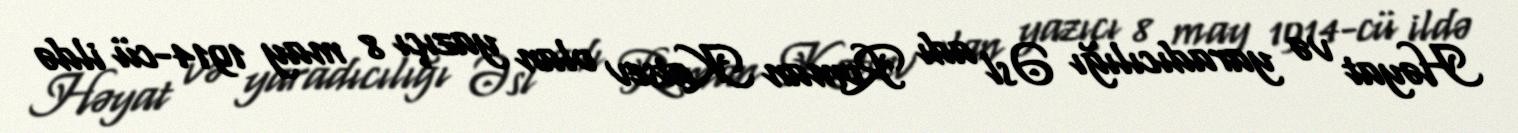
Həyat və yaradıcılığı Əsl adı Roman Katsev olan yazıçı 8 may 1914-cü ildə